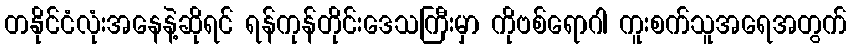
တနိုင်ငံလုံးအနေနဲ့ဆိုရင် ရန်ကုန်တိုင်းဒေသကြီးမှာ ကိုဗစ်ရောဂါ ကူးစက်သူအရေအတွက်